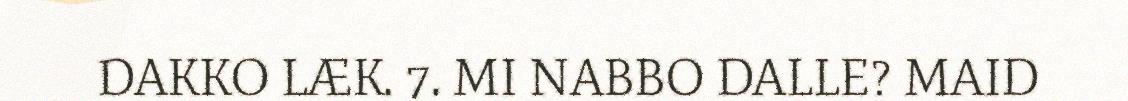
DAKKO LÆK. 7. MI NABBO DALLE? MAID